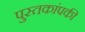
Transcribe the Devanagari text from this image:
पुस्तकांपकी